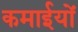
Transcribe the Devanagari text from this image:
कमाईयों